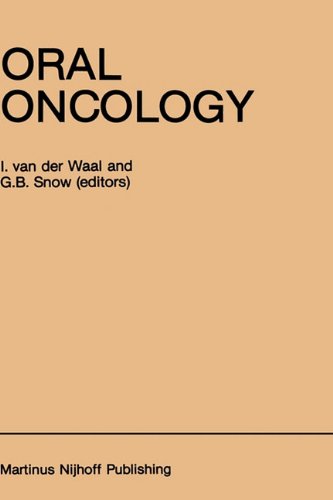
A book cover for Oral Oncology (Developments in Oncology); Medical Books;